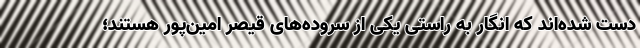
دست شده‌اند که انگار به راستی یکی از سروده‌های قیصر امین‌پور هستند؛